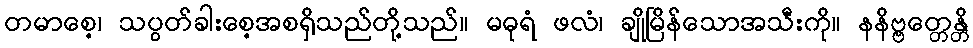
တမာစေ့၊ သပွတ်ခါးစေ့အစရှိသည်တို့သည်။ မဓုရံ ဖလံ၊ ချိုမြိန်သောအသီးကို။ နနိဗ္ဗတ္တေန္တိ